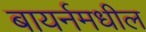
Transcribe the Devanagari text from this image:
बायर्नमधील